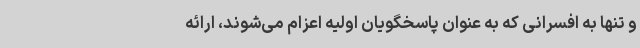
و تنها به افسرانی که به عنوان پاسخگویان اولیه اعزام می‌شوند، ارائه